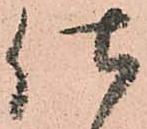
仕